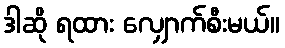
ဒါဆို ရထား လျှောက်စီးမယ်။